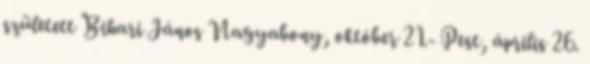
született Bihari János Nagyabony, október 21.- Pest, április 26.